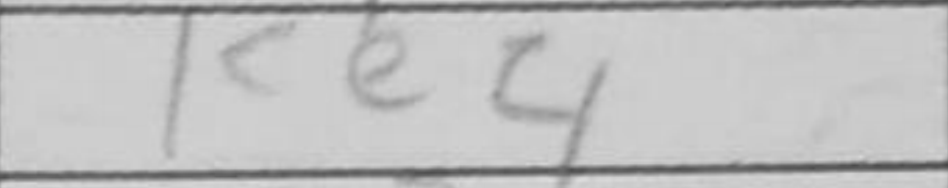
Transcription: Ke4